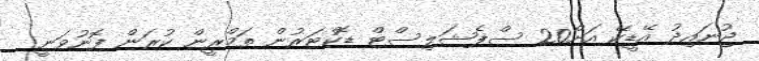
ޖުނައިދު އޭޑީކޭ އަށް20 ސްޕެޝަލިސްޓް ޑޮކްޓަރުން ތަމްްރީން ކުރަން ފޮނުވަނީ